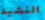
النشيد